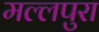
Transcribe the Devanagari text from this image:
मल्लपुरा